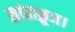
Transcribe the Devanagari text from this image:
सांताक्रूज।